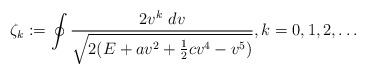
\begin{align*}\zeta_k:=\oint\frac{2 v^k~dv}{\sqrt{2(E+av^2+\frac{1}{2}cv^4-v^5)}},k=0,1,2,\ldots\end{align*}